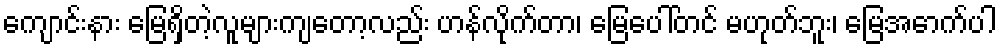
ကျောင်းနား မြေရှိတဲ့လူများကျတော့လည်း ဟန်လိုက်တာ၊ မြေပေါ်တင် မဟုတ်ဘူး၊ မြေအောက်ပါ